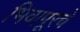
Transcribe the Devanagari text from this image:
भिवापूरचे